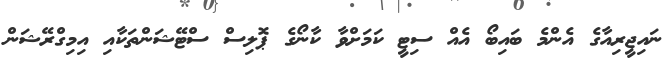
ނައިޖީރިއާގެ އެންމެ ބައިބޯ އެއް ސިޓީ ކަމަށްވާ ކާނޯގެ ޕޮލިސް ސްޓޭޝަންތަކާއި އިމިގްރޭޝަން